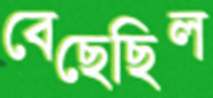
বেছেছিল